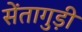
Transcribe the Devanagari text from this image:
सेंतागुड़ी